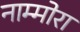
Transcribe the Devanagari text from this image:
नाम्मोरा